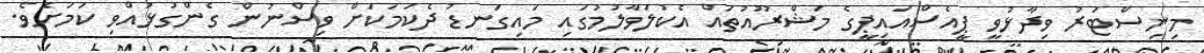
މިނިސްޓަރު ވިދާޅުވީ ޕީއެސްއައިޕީގެ މަޝްރޫއުތައް އެކުލަވާލުމުގައި މައިގަނޑު ދެކަމަކަށް ވިސްނުން ގެންގުޅުއްވި ކަމަށެވެ.